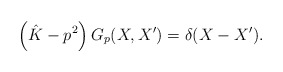
\begin{align*}\left(\hat K -p^2\right) G_{p}(X,X') = \delta (X-X').\end{align*}